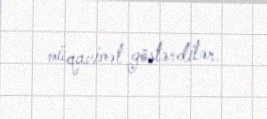
müqavimət göstərdilər.